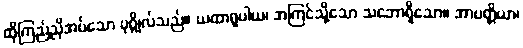
ထိုကြည်ညိုအပ်သော ပုဂ္ဂိုလ်သည်။ ယထာရူပါယ၊ အကြင်သို့သော သဘောရှိသော။ အာပတ္တိယာ၊